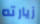
زيارته